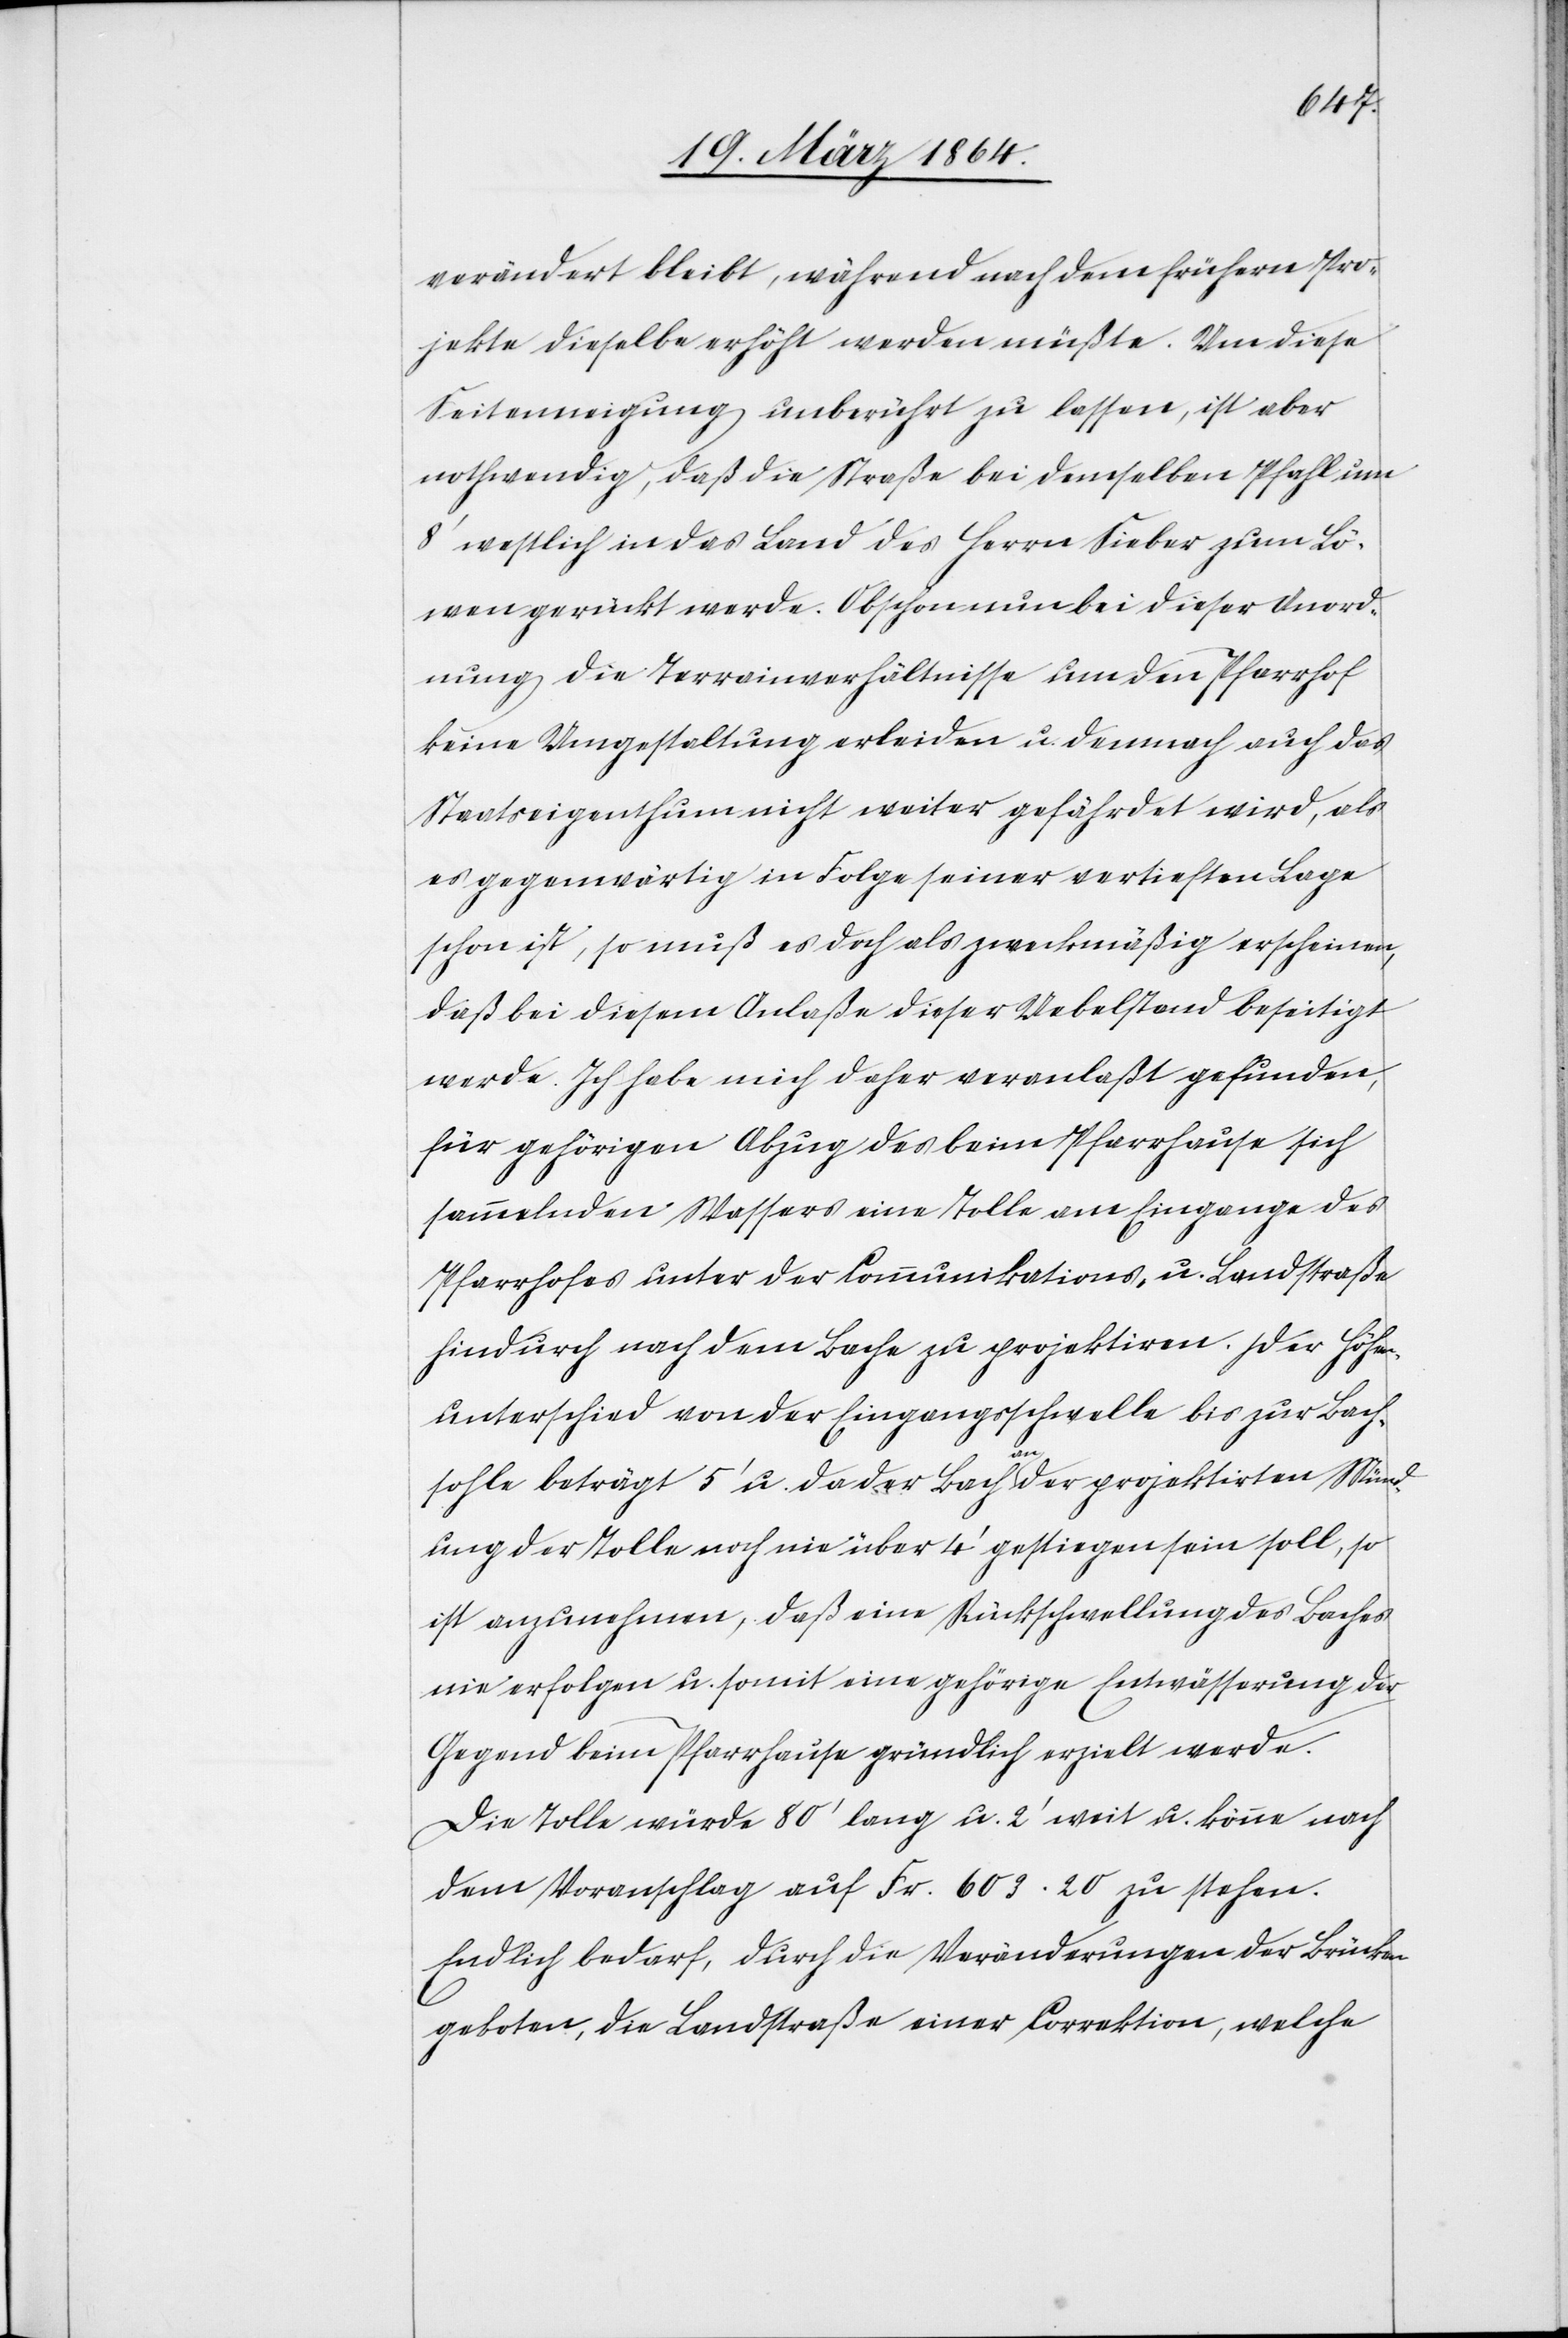
verändert bleibt, während nach dem frühern Pro¬
jekte dieselbe erhöht werden müßte. Um diese
Seitenneigung unberührt zu lassen, ist aber
nothwendig, daß die Straße bei demselben Pfahl um
8’ westlich in das Land des Herrn Sieber zum Lö¬
wen gerückt werde. Obschon nun bei dieser Anord¬
nung die Terrainverhältnisse um den Pfarrhof
keine Umgestaltung erleiden u. demnach auch das
Staatseigenthum nicht weiter gefährdet wird, als
es gegenwärtig in Folge seiner vertieften Lage
schon ist, so muß es doch als zweckmäßig erscheinen,
daß bei diesem Anlaße dieser Uebelstand beseitigt
werde. Ich habe mich daher veranlaßt gefunden,
für gehörigen Abzug des beim Pfarrhause sich
sammelnden Wassers eine Tolle am Eingange des
Pfarrhofes unter der Communikations- u. Landstraße
hindurch nach dem Bache zu projektiren. Der Höhen¬
unterschied von der Eingangsschwelle bis zur Bach¬
sohle beträgt 5’ u. da der Bach a-an-a der projektirten Münd¬
ung der Tolle noch nie über 4’ gestiegen sein soll, so
ist anzunehmen, daß eine Rückschwellung des Baches
nie erfolgen u. somit eine gehörige Entwässerung der
Gegend beim Pfarrhause gründlich erzielt werde.
Die Tolle würde 80’ lang u. 2’ weit u. könne [sic!]
dem Voranschlag auf Fr. 603.20 zu stehen.
Endlich bedarf, durch die Veränderungen der Brücken
geboten, die Landstraße einer Correktion, welche